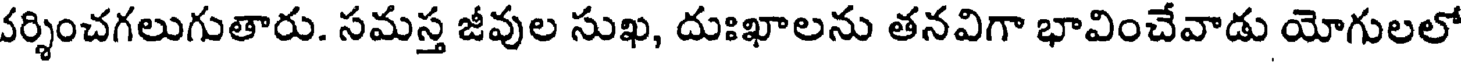
వర్శించగలుగుతారు. సమస్త జీవుల సుఖ, దుఃఖాలను తనవిగా భావించేవాడు యోగులలో